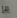
هز